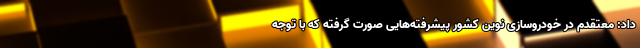
داد: معتقدم در خودروسازی نوین کشور پیشرفته‌هایی صورت گرفته که با توجه